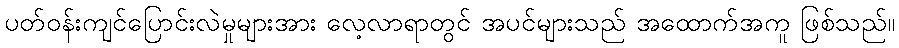
ပတ်ဝန်းကျင်ပြောင်းလဲမှုများအား လေ့လာရာတွင် အပင်များသည် အထောက်အကူ ဖြစ်သည်။